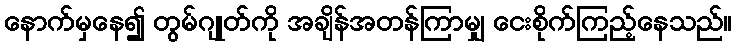
နောက်မှနေ၍ တွမ်ဂျုတ်ကို အချိန်အတန်ကြာမျှ ငေးစိုက်ကြည့်နေသည်။